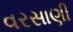
વરસાણી